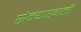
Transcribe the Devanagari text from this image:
सैन्याखाली